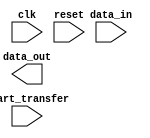
module spi_controller (
    input wire clk,
    input wire reset,
    input wire start_transfer,
    input wire [7:0] data_in,
    output reg [7:0] data_out
);

// Your code for timing control and synchronization logic goes here

endmodule